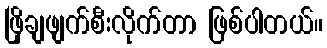
ဖြိုချဖျက်စီးလိုက်တာ ဖြစ်ပါတယ်။